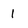
Character: 1